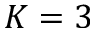
K = 3